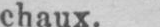
chaux.